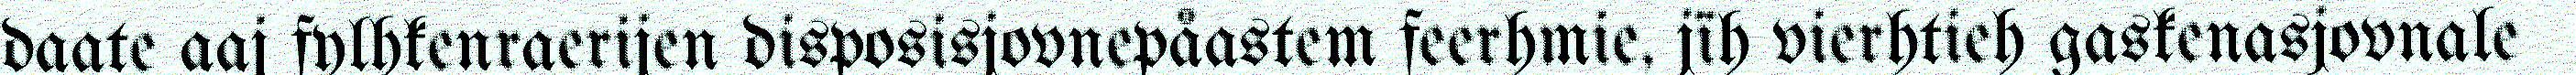
daate aaj fylhkenraerijen disposisjovnepåastem feerhmie, jïh vierhtieh gaskenasjovnale